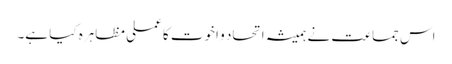
اس جماعت نے ہمیشہ اتحاد و اخوت کا عملی مظاہرہ کیا ہے۔